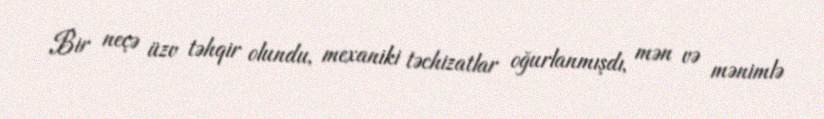
Bir neçə üzv təhqir olundu, mexaniki təchizatlar oğurlanmışdı, mən və mənimlə